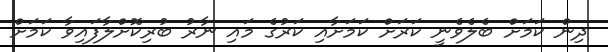
ދިން ކަމަށް ބެލެވެނީ ކަރަށް ކަމަށާއި ކަރުގެ މައި ނާރު ބުރިކޮށްލާފައިވާ ކަމަށް